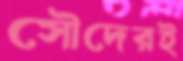
সৌদেরই